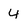
Character: 4